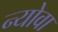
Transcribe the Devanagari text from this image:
न्योवा